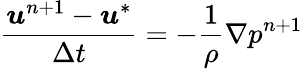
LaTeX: \frac{\boldsymbol{u}^{n+1}-\boldsymbol{u}^{*}}{\Delta t}=-\frac{1}{\rho}\nabla p^{n+1}